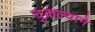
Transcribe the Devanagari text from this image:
चुकल्याने